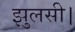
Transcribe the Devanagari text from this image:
झुलसी।